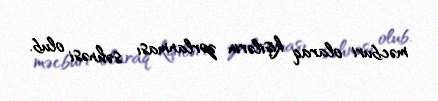
məcburi olaraq kişilərin zorlanması səhnəsi olub.